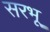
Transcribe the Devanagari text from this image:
सरभू